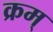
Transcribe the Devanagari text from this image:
क्रम्